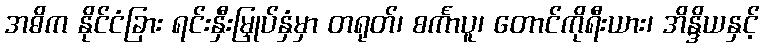
အဓိက နိုင်ငံခြား ရင်းနှီးမြှုပ်နှံမှာ တရုတ်၊ စင်္ကာပူ၊ တောင်ကိုရီးယား၊ အိန္ဒိယနှင့်